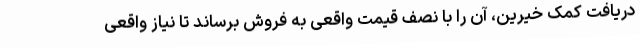
دریافت کمک خیرین، آن را با نصف قیمت واقعی به فروش برساند تا نیاز واقعی